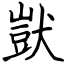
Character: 獃